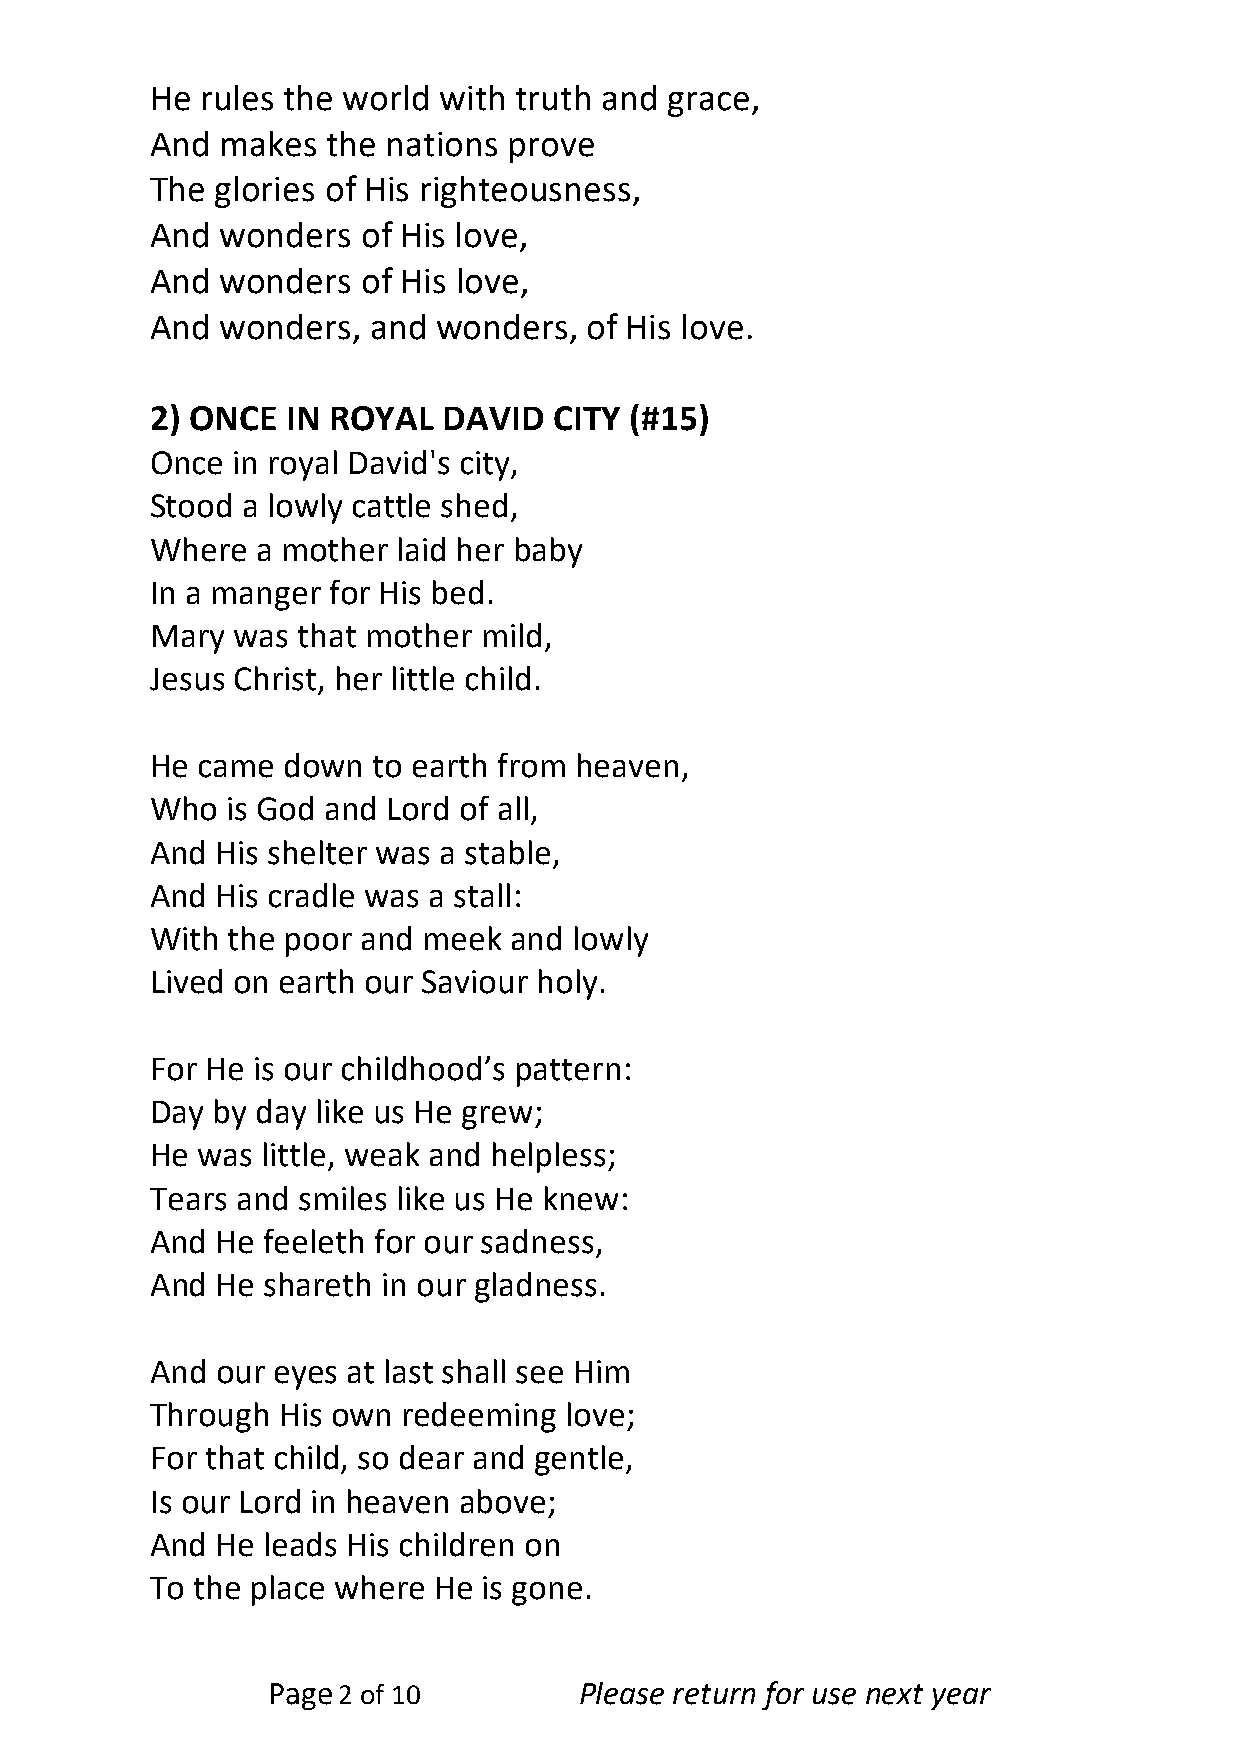
He rules the world with truth and grace,
 And  makes  the nations prove
 The glories of His righteousness,
 And  wonders  of His love,
 And  wonders  of His love,
 And  wonders,  and wonders,  of His love.
 2) ONCE  IN ROYAL  DAVID   CITY (#15)
 Once in royal David's city,
 Stood a lowly cattle shed,
 Where  a mother laid her baby
 In a manger for His bed.
 Mary was  that mother mild,
 Jesus Christ, her little child.
 He came  down  to earth from heaven,
 Who  is God and Lord of all,
 And His shelter was a stable,
 And His cradle was a stall:
 With the poor and meek  and lowly
 Lived on earth our Saviour holy.
 For He is our childhood’s pattern:
 Day by day like us He grew;
 He was little, weak and helpless;
 Tears and smiles like us He knew:
 And He feeleth for our sadness,
 And He shareth in our gladness.
 And our eyes at last shall see Him
 Through His own  redeeming love;
 For that child, so dear and gentle,
 Is our Lord in heaven above;
 And He leads His children on
 To the place where He is gone.
 Page2 of 10         Please return for use next year